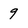
Character: 9